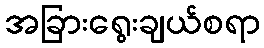
အခြားရွေးချယ်စရာ